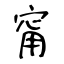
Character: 甯